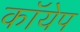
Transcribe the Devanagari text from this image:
कॉयेप